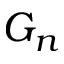
G _ { n }